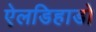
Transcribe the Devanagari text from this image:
ऐलडिहाडो